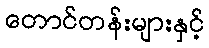
တောင်တန်းများနှင့်